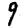
Digit: 9